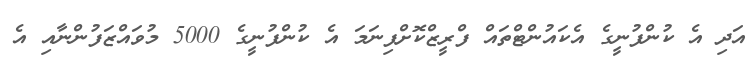
އަދި އެ ކުންފުނީގެ އެކައުންޓްތައް ފްރީޒްކޮށްފިނަމަ އެ ކުންފުނީގެ 5000 މުވައްޒަފުންނާއި އެ